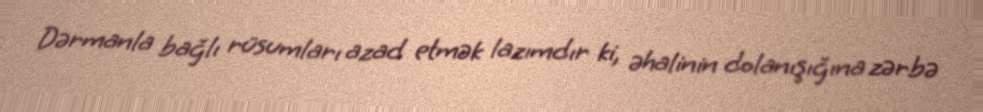
Dərmanla bağlı rüsumları azad etmək lazımdır ki, əhalinin dolanışığına zərbə